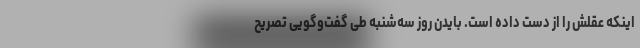
اینکه عقلش را از دست داده است. بایدن روز سه‌شنبه طی گفت‌وگویی تصریح